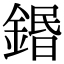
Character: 鍲